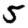
Digit: 5